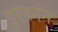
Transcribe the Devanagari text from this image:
इरकांन